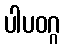
ပါပဝဂ္ဂ